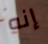
إنه